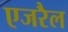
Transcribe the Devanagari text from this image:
एजरैल